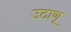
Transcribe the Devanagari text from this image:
उठाणू